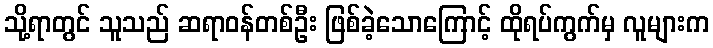
သို့ရာတွင် သူသည် ဆရာဝန်တစ်ဦး ဖြစ်ခဲ့သောကြောင့် ထိုရပ်ကွက်မှ လူများက